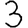
Digit: 3